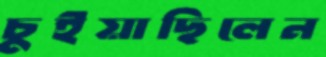
চুইয়াছিলেন